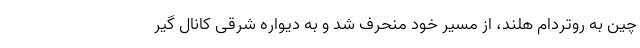
چین به روتردام هلند، از مسیر خود منحرف شد و به دیواره شرقی کانال گیر